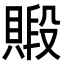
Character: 𧷃